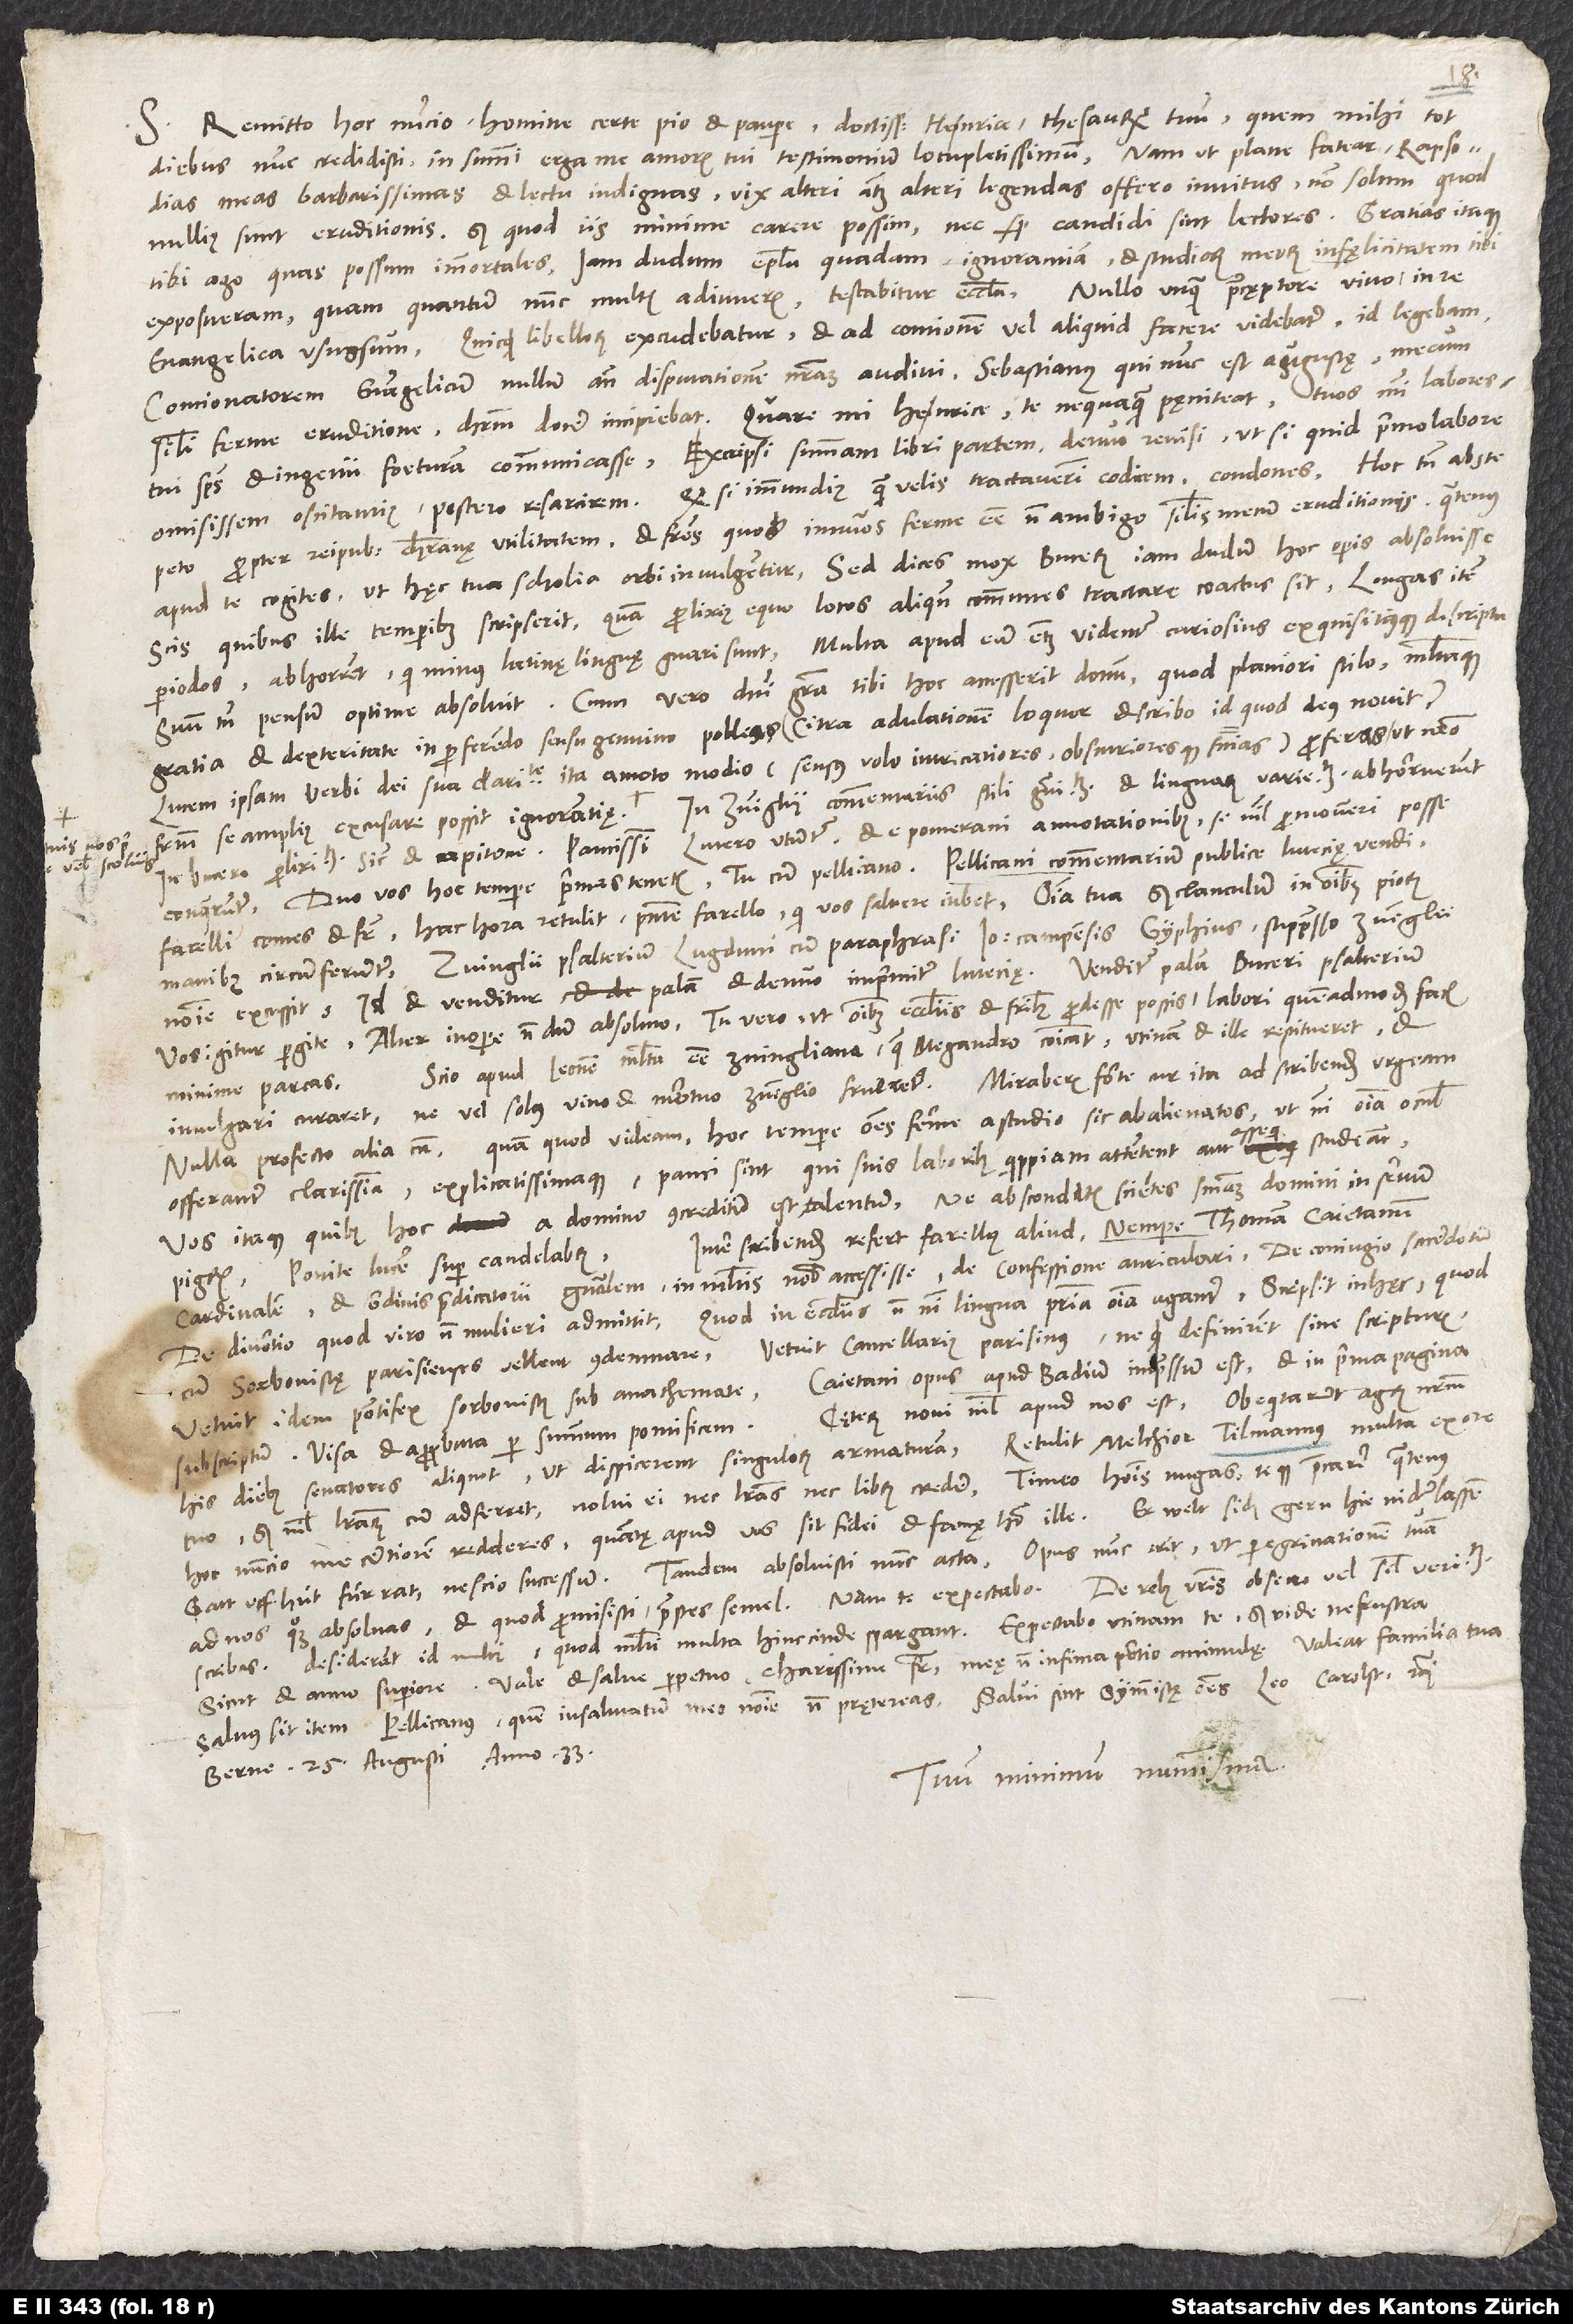
S. Remitto hoc nuncio, homine certe pio et paupere, doctissime Henrice, thesaurum tuum, quem mihi tot
diebus nunc credidisti in summi erga me amoris tui testimonium locupletissimum. Nam ut plane fatear, rapsodias
meas barbarissimas et lectu indignas vix alteri atque alteri legendas offero invitus, non solum quod
nullius sunt eruditionis, sed quod iis minime carere possim nec semper candidi sint lectores. Gratias itaque
tibi ago, quas possum, immortales. Iam dudum epistola quadam ignorantiam et studiorum meorum infęlicitatem tibi
exposueram, quam quantum nunc multis adiuveris, testabitur ecclesia. Nullo unquam praecęptore vivo in re
evangelica usus sum. Quicquid libellorum excudebatur et ad contionem vel aliquid facere videbatur, id legebam.
Concionatorem evangelicum nullum ante disputationem nostram audivi. Sebastianus, qui nunc est Augustae, mecum
simili ferme eruditione Christum docere incipiebat. Quare, mi Heinrice, te nequaquam pęniteat tuos mihi labores,
tui spiritus et ingenii foeturam communicasse. Excripsi summam libri partem, denuo revisi, ut si quid primo labore
omisissem oscitantius, postero resarcirem. Quodsi immundius, quam velis, tractaverim codicem, condones. Hoc tamen abs te
propter reipublicae christianę utilitatem et fratres, quos innumeros ferme esse non ambigo similis mecum eruditionis, quatenus
peto
apud te cogites, ut hęc tua scholia orbi invulgentur. Sed dices mox Bucerum iam dudum hoc operis absolvisse.
Scis, quibus ille temporibus scripserit, quam prolixius equo locos aliquando communes tractare coactus sit. Longas item
periodos abhorrent, qui minus latinę linguae gnari sunt. Multa apud eum etiam videntur curiosius exquisitiusque descripta.
Suum tamen pensum optime absolvit. Cum vero domini gratia tibi hoc accesserit donum, quod planiori stilo multaque
gratia et dexteritate in proferendo sensu genuino polleas - citra adulationem loquor et scribo id, quod deus novit
lucem ipsam verbi dei sua claritate ita amoto modio (sensus volo intricatiores obscurioresque sententias) proferas, ut nemo
Inter scribendum refert Farellus aliud, nempe Thomam Caietanum
cardinalem et ordinis praedicatorii generalem in multis nobis accessisse, de confessione auriculari, de coniugio sacerdotum,
de divortio, quod viro, non mulieri admittit, quod in ecclesiis non nisi lingua propria omnia agantur. Scripsit in haec. Quod
cum Sorbonistę Parisienses vellent condemnare, vetuit cancellarius Parisinus, ne quid definirent sine scripturis.
Vetuit idem pontifex Sorbonistis sub anathemate. Caietani opus apud Badium impressum est et in prima pagina
Cęterum novi nihil apud nos est. Obequitarunt agrum nostrum
subscriptum: «Visa et approbata per summum pontificem».
tuo, sed nihil literarum cum adferret, nolui ei nec literas nec librum credere. Timeo hominis nugas teque precarer, quatenus
hoc nuncio me certiorem redderes, quantę apud vos sit fidei et famę homo ille. Er welt sich gern hie niderlassen;
ad nos quoque absolvas et, quod promisisti, praestes semel. Nam te expectabo. De rebus vestris obsecro vel semel veritatem
scribas. Desiderant id multi, quod multi multa hinccinde spargant. Expectabo utinam te, sed vide, ne frustra
Vale et salve perpetuo, charissime frater, meę non infima portio animulae. Valeat familia
Salvus sit item Pellicanus, quem insalutatum meo nomine non prętereas. Salvi sint symmistam omnes, Leo, Carolst et
Berne, 25. augusti anno 33.
Tuum minimum nummisma.